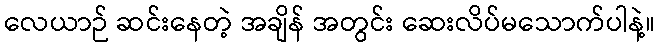
လေယာဉ် ဆင်းနေတဲ့ အချိန် အတွင်း ဆေးလိပ်မသောက်ပါနဲ့။